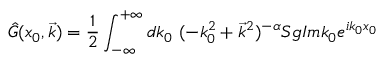
\hat { G } ( x _ { 0 } , \vec { k } ) = \frac { 1 } { 2 } \int _ { - \infty } ^ { + \infty } d k _ { 0 } ~ ( - k _ { 0 } ^ { 2 } + \vec { k } ^ { 2 } ) ^ { - \alpha } S g I m k _ { 0 } e ^ { i k _ { 0 } x _ { 0 } }